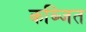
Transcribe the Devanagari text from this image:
कब्जित